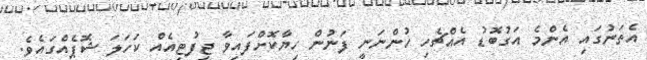
އެތަނުގައި އެންމެ އަގުބޮޑު އެއްޗެހި ހުންނަނީ ފަނުން ހިޔާކޮށްފައިވާ ޖިފުޓިއެއް ކަހަލަ ޝޮޕެއްގައެވެ.